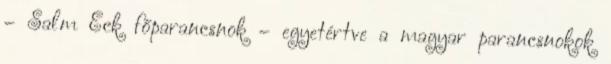
– Salm Eck főparancsnok – egyetértve a magyar parancsnokok